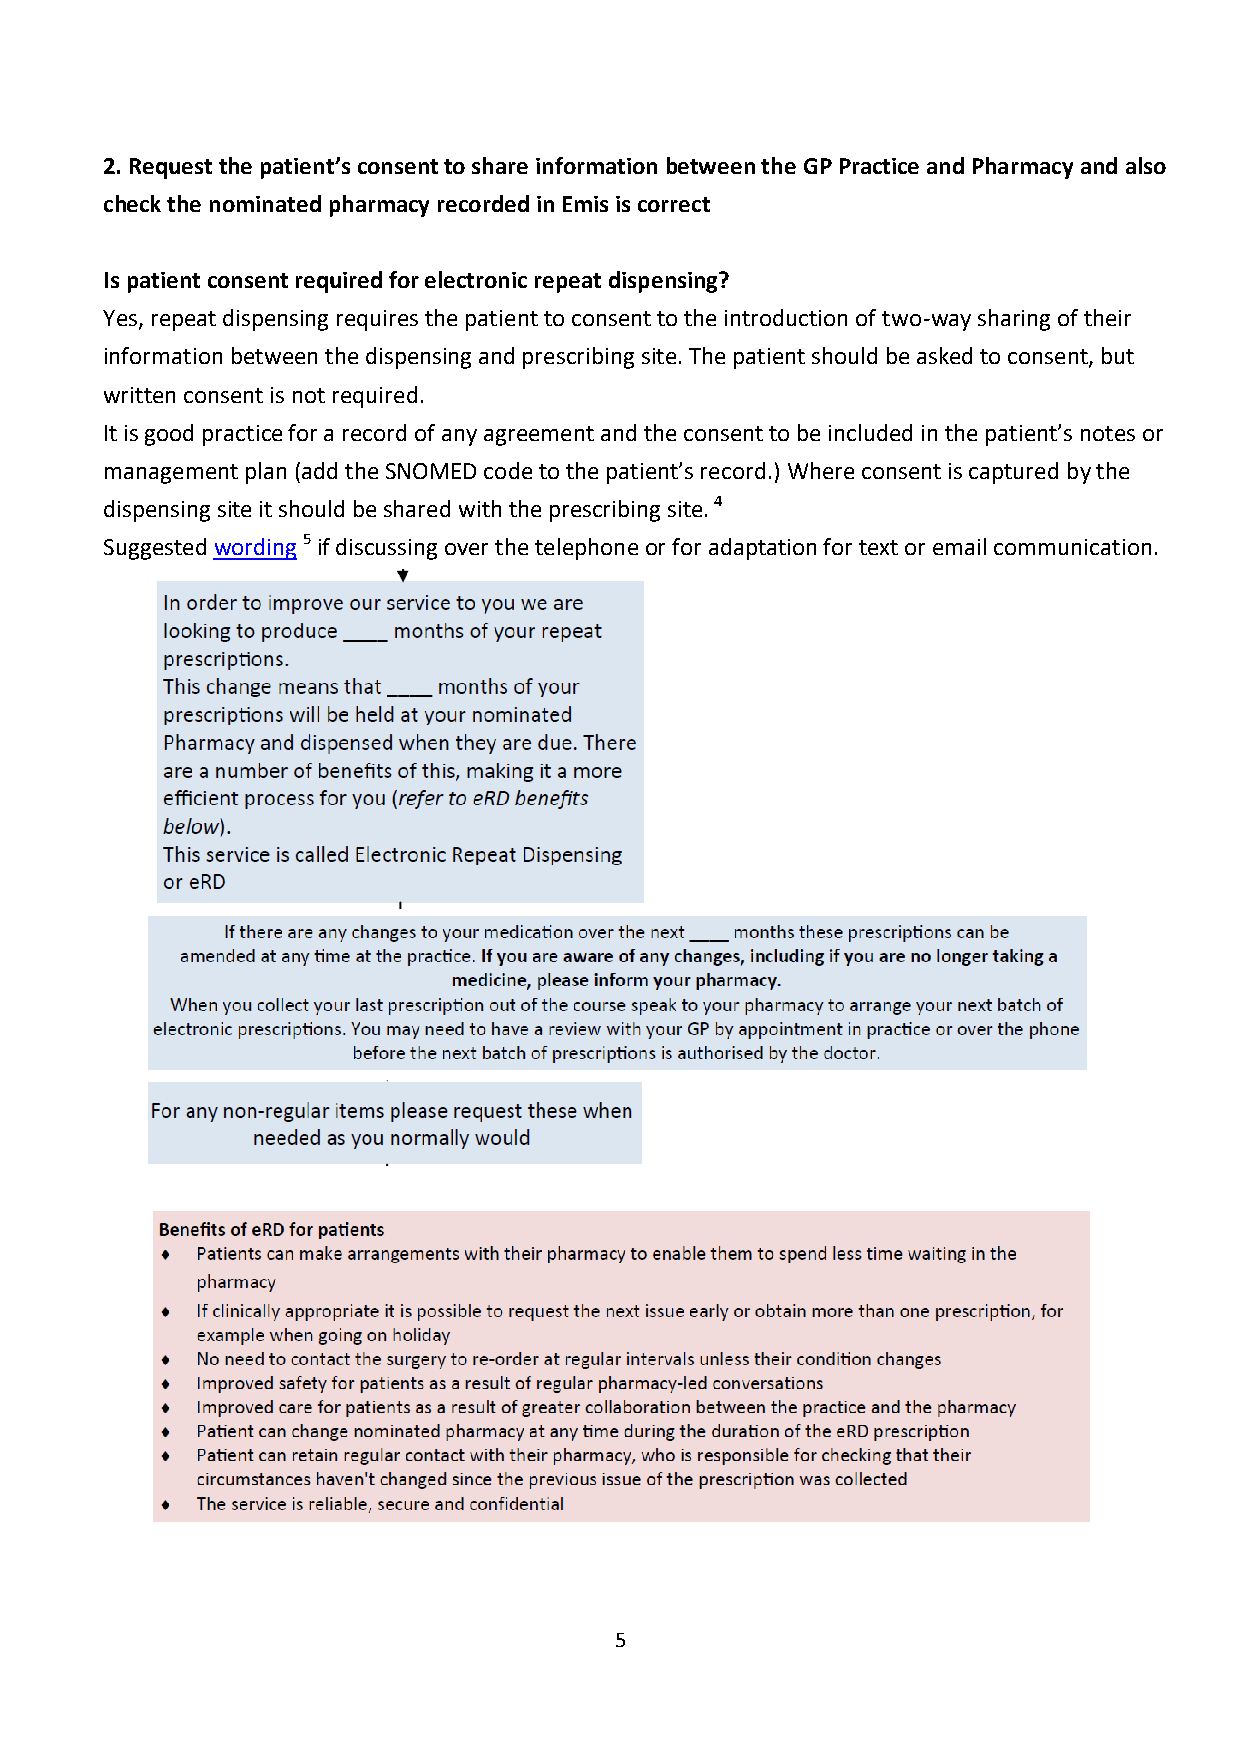
2. Request the patient’s consent to share information between the GP Practice and Pharmacy and also
 check the nominated pharmacy recorded in Emis is correct
 Is patient consent required for electronic repeat dispensing?
 Yes, repeat dispensing requires the patient to consent to the introduction of two-way sharing of their
 information between the dispensing and prescribing site. The patient should be asked to consent, but
 written consent is not required.
 It is good practice for a record of any agreement and the consent to be included in the patient’s notes or
 management plan (add the SNOMED code to the patient’s record.) Where consent is captured by the
 dispensing site it should be shared with the prescribing site. 4
 Suggested wording 5 if discussing over the telephone or for adaptation for text or email communication.
 5